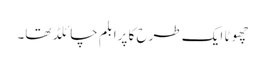
چھوٹا ایک طرح کا پرابلم چائلڈ تھا۔